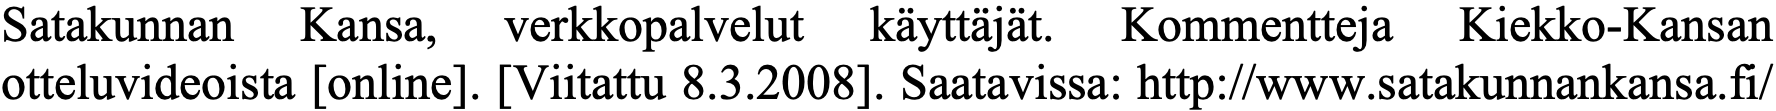
Satakunnan Kansa, verkkopalvelut käyttäjät. Kommentteja Kiekko-Kansan otteluvideoista [online]. [Viitattu 8.3.2008]. Saatavissa: http://www.satakunnankansa.fi/